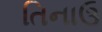
તિનાઉ